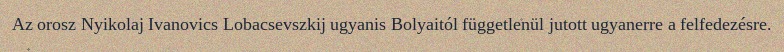
Az orosz Nyikolaj Ivanovics Lobacsevszkij ugyanis Bolyaitól függetlenül jutott ugyanerre a felfedezésre.